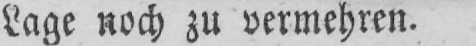
Lage noch zu vermehren.